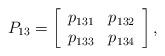
LaTeX: \begin{align*}P_{13}=\left[\begin{array}[c]{cc}p_{131} & p_{132}\\p_{133} & p_{134}\end{array}\right] ,\end{align*}